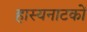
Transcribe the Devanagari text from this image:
हास्यनाटकों